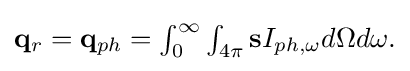
{\textstyle \mathbf {q} _{r}=\mathbf {q} _{ph}=\int _{0}^{\infty }\int _{4\pi }\mathbf {s} I_{ph,\omega }d\Omega d\omega .}